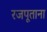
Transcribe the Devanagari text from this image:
रजपूताना